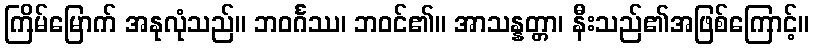
ကြိမ်မြောက် အနုလုံသည်။ ဘဝင်္ဂဿ၊ ဘဝင်၏။ အာသန္နတ္တာ၊ နီးသည်၏အဖြစ်ကြောင့်။